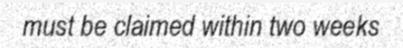
must be claimed within two weeks